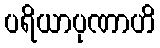
ပရိယာပုဏာဟိ